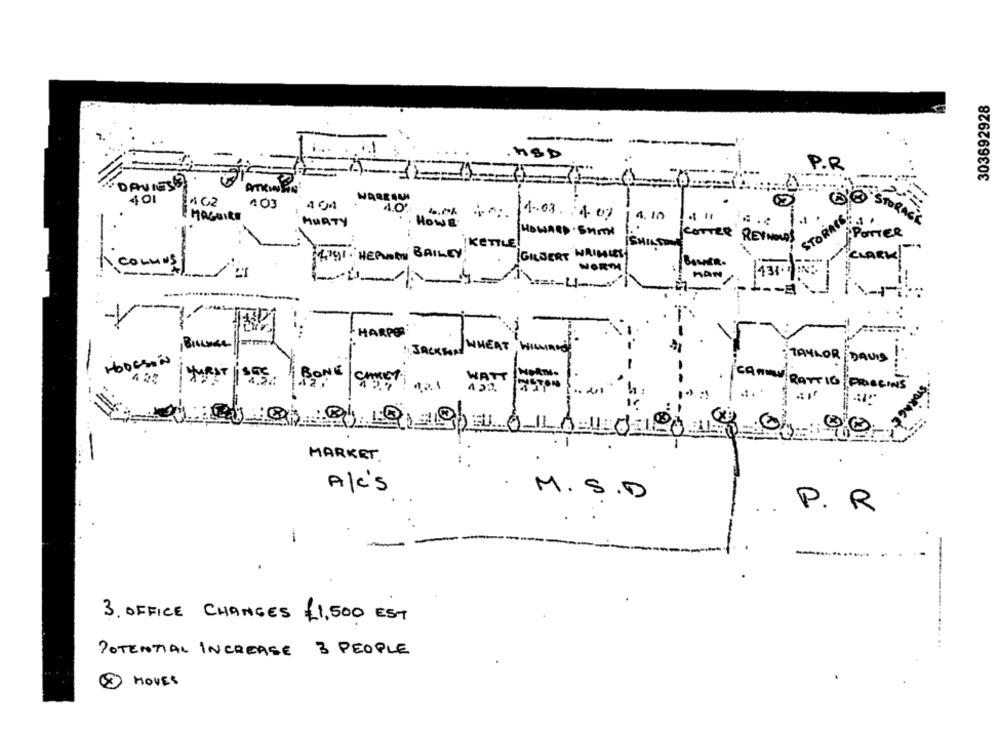
303692928
HSD
P.R
DAVIES ?
ATKINSON
103
.
MAGUIRE
1.03.
STORAIS !
MuATY
Ho
1ml
? Por
ER REYNOLDS
KETTLE
4791. HEANEY BAILEY
GILBERT WI
CLARK
co
RM
-
WHEAT
HODESON
TAYLOR DAVIS
JURAT
SEE
4.5:
BONE
WATT
-
MARKET .
A/C'S
M.S . D.
P. R
-
3. OFFICE CHANGES £ 1,500 EST
POTENTIAL INCREASE 3 PEOPLE
...
MOVES